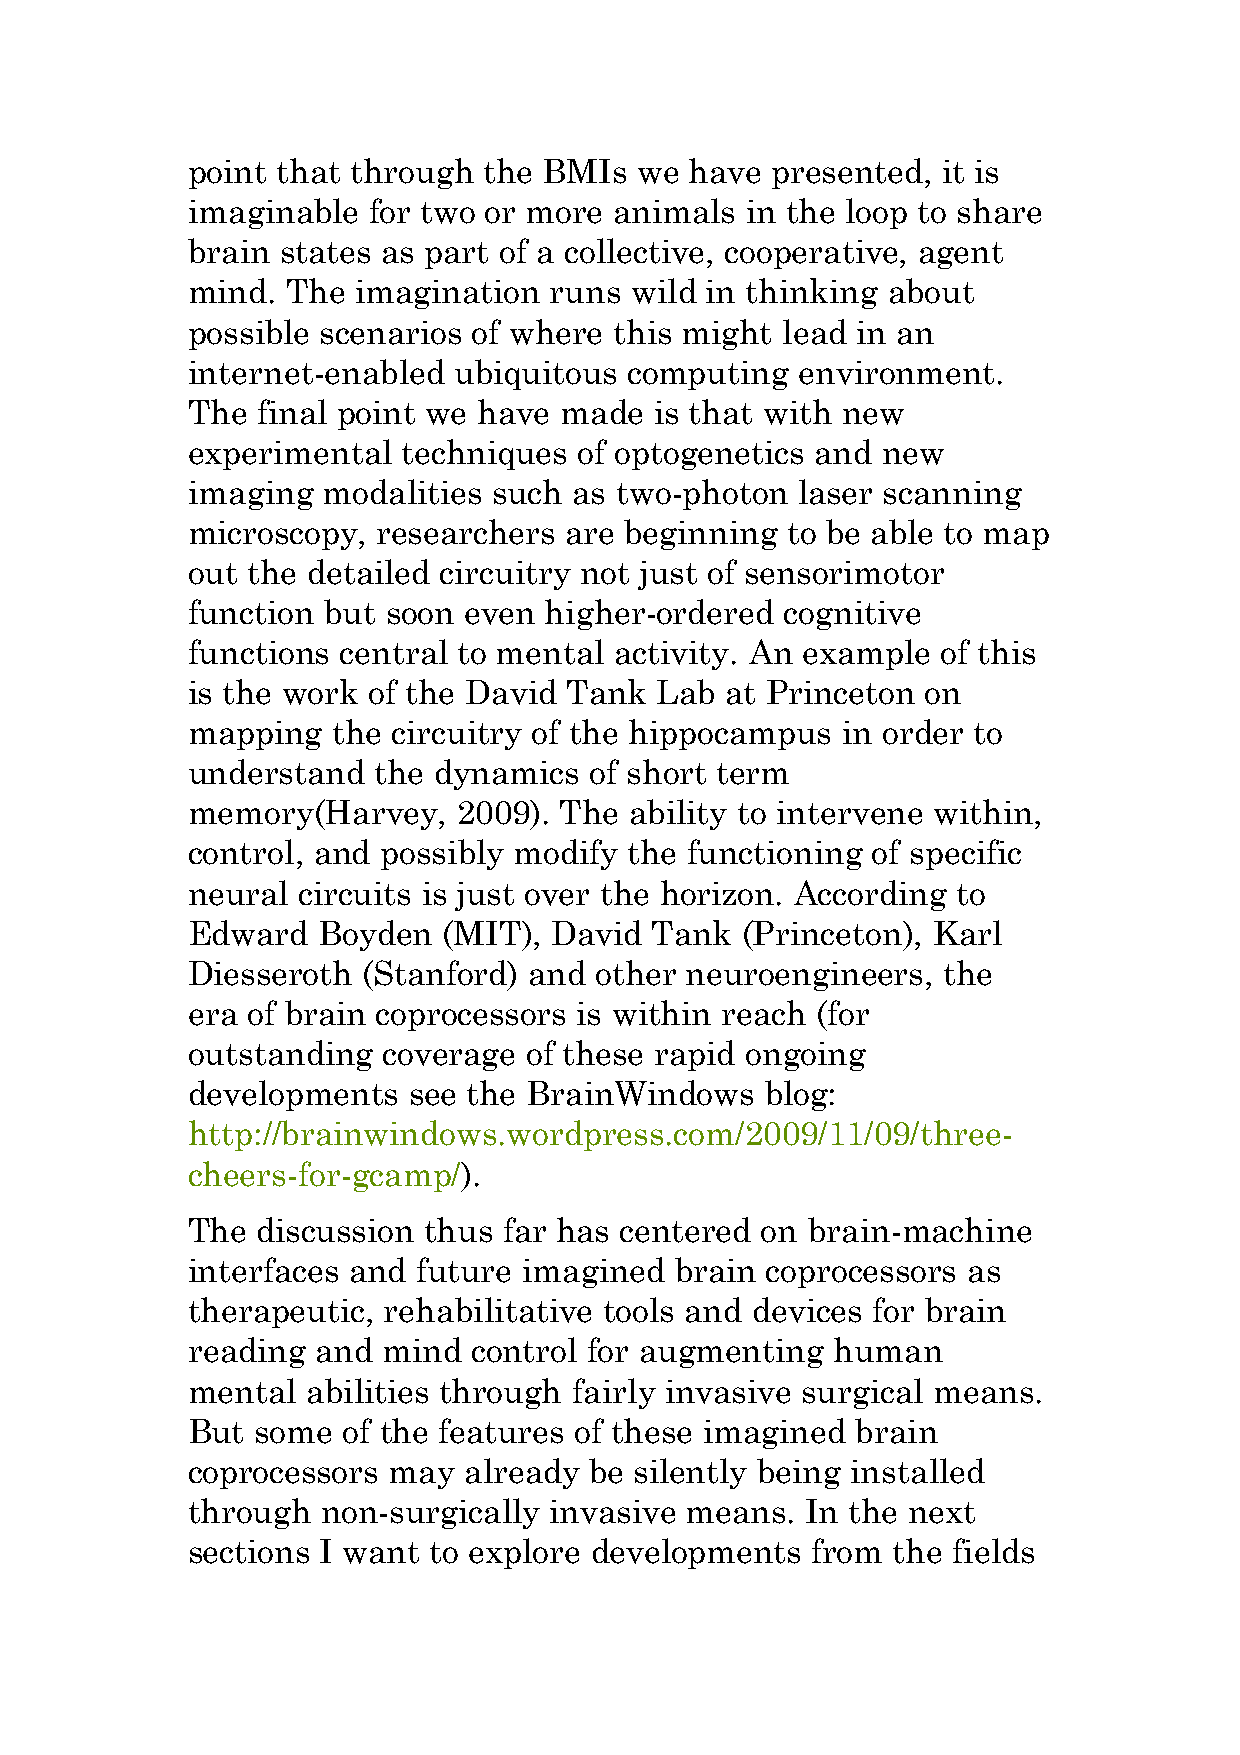
point that through  the BMIs  we  have presented, it is
 imaginable  for two or more  animals in the loop to share
 brain  states as part of a collective, cooperative, agent
 mind.  The imagination  runs  wild in thinking about
 possible scenarios of where  this might lead in an
 internet-enabled  ubiquitous  computing  environment.
 The  final point we have made  is that with new
 experimental   techniques of optogenetics and new
 imaging  modalities  such as two-photon  laser scanning
 microscopy,  researchers are beginning  to be able to map
 out the detailed circuitry not just of sensorimotor
 function but  soon even higher-ordered  cognitive
 functions central to mental  activity. An example of this
 is the work of the David Tank  Lab  at Princeton on
 mapping   the circuitry of the hippocampus  in order to
 understand   the dynamics  of short term
 memory(Harvey,    2009). The  ability to intervene within,
 control, and possibly modify  the functioning of specific
 neural  circuits is just over the horizon. According to
 Edward   Boyden  (MIT), David  Tank  (Princeton), Karl
 Diesseroth  (Stanford) and other neuroengineers,  the
 era of brain coprocessors is within reach (for
 outstanding  coverage  of these rapid ongoing
 developments   see the BrainWindows    blog:
 http://brainwindows.wordpress.com/2009/11/09/three-
 cheers-for-gcamp/).
 The  discussion thus far has centered on brain-machine
 interfaces and  future imagined  brain coprocessors as
 therapeutic, rehabilitative tools and devices for brain
 reading  and mind  control for augmenting  human
 mental  abilities through fairly invasive surgical means.
 But  some  of the features of these imagined brain
 coprocessors  may  already be silently being installed
 through  non-surgically invasive means.  In the next
 sections I want to explore developments   from the fields